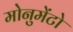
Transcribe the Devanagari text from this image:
मोनुमेंटो